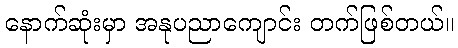
နောက်ဆုံးမှာ အနုပညာကျောင်း တက်ဖြစ်တယ်။